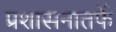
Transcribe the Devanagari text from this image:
प्रशासनातर्फे